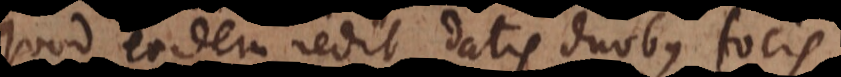
quod eodem redit datis duobus focis